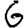
Digit: 6